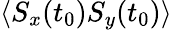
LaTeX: \langle S_{x}(t_{0})S_{y}(t_{0})\rangle